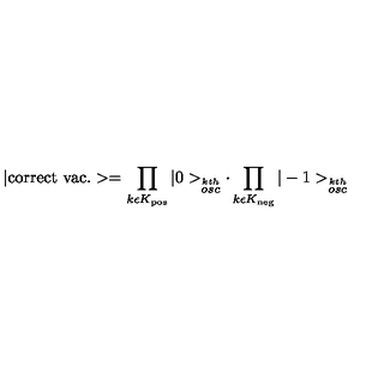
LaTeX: | \mathrm { c o r r e c t \ v a c . } > = \prod _ { k \epsilon K _ { \mathrm { p o s } } } | 0 > _ { \stackrel { k t h } { o s c } } \cdot \prod _ { k \epsilon K _ { \mathrm { n e g } } } | - 1 > _ { \stackrel { k t h } { o s c } }